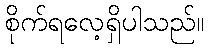
စိုက်ရလေ့ရှိပါသည်။